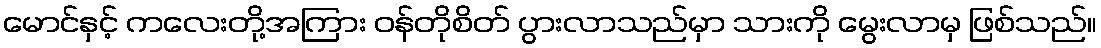
မောင်နှင့် ကလေးတို့အကြား ဝန်တိုစိတ် ပွားလာသည်မှာ သားကို မွေးလာမှ ဖြစ်သည်။